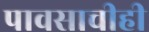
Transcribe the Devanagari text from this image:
पावसाचीही